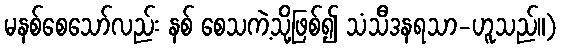
မနစ်စေသော်လည်း နစ် စေသကဲ့သို့ဖြစ်၍ သံသီဒနရသာ-ဟူသည်။)